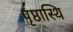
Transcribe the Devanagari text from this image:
पृष्ठास्थि